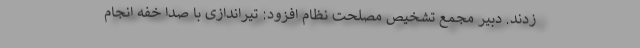
زدند. دبیر مجمع تشخیص مصلحت نظام افزود: تیراندازی با صدا خفه انجام